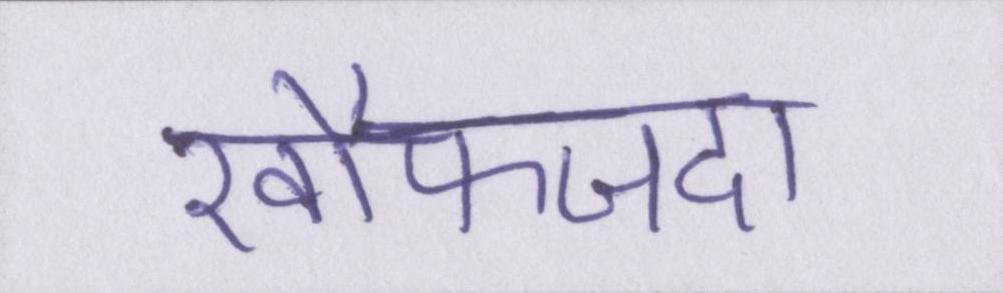
खौफजदा